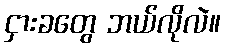
ငှားခတွေ ဘယ်လိုလဲ။